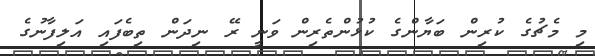
މި މެޗުގެ ކުރިން ބަޔާންގެ ކުޅުންތެރިން ވަނީ ރޭ ނިދަން ތިބެފައި އަލިފާނުގެ